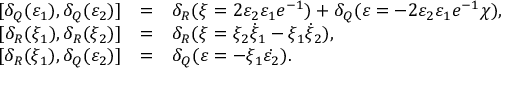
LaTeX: \begin{array} { r c l } { { \, [ \delta _ { Q } ( \varepsilon _ { 1 } ) , \delta _ { Q } ( \varepsilon _ { 2 } ) ] } } & { { = } } & { { \delta _ { R } ( \xi = 2 \varepsilon _ { 2 } \varepsilon _ { 1 } e ^ { - 1 } ) + \delta _ { Q } ( \varepsilon = - 2 \varepsilon _ { 2 } \varepsilon _ { 1 } e ^ { - 1 } \chi ) , } } \\ { { \, [ \delta _ { R } ( \xi _ { 1 } ) , \delta _ { R } ( \xi _ { 2 } ) ] } } & { { = } } & { { \delta _ { R } ( \xi = \xi _ { 2 } \dot { \xi } _ { 1 } - \xi _ { 1 } \dot { \xi } _ { 2 } ) , } } \\ { { \, [ \delta _ { R } ( \xi _ { 1 } ) , \delta _ { Q } ( \varepsilon _ { 2 } ) ] } } & { { = } } & { { \delta _ { Q } ( \varepsilon = - \xi _ { 1 } \dot { \varepsilon _ { 2 } } ) . } } \end{array}